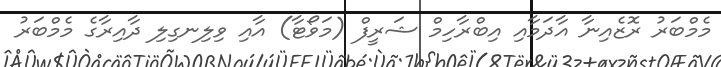
މެމްބަރު ރޮޒެއިނާ އާދަމާއި އިބްރާހިމް ޝަރީފް (މަވޯޓާ) އާއި ވިލިނގިލި ދާއިރާގެ މެމްބަރު